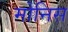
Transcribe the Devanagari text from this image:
मोनिस